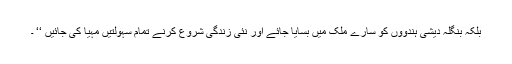
بلکہ بنگلہ دیشی ہندووں کو سارے ملک میں بسایا جائے اور نئی زندگی شروع کرنے تمام سہولتیں مہیا کی جائیں ‘‘ ۔